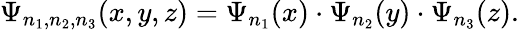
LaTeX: \begin{array}{r}{\Psi_{n_{1},n_{2},n_{3}}(x,y,z)=\Psi_{n_{1}}(x)\cdot\Psi_{n_{2}}(y)\cdot\Psi_{n_{3}}(z).}\end{array}